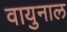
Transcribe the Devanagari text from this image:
वायुनाल